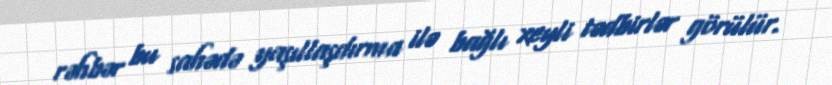
rəhbər bu sahədə yaşıllaşdırma ilə bağlı xeyli tədbirlər görülür.